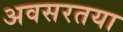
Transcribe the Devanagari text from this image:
अवसरतया